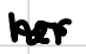
Text: her
Cross-out: mix
Writing tool: digital_black